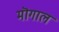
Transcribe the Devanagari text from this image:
मॊगाल